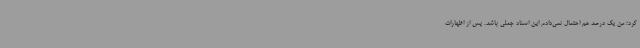
کرد؛ من یک درصد هم احتمال نمی‌دادم این اسناد جعلی باشد. پس از اظهارات